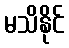
မသိနိုင်